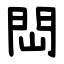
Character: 閊